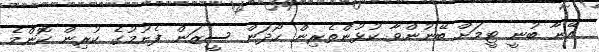
އޭނާ ބުނީ ޓީމަށް ބޭނުންވާ ކުޅުންތެރިން ހޯދަން ސީޒަން ފެށުމުގެ ކުރިން ކޮންމެ